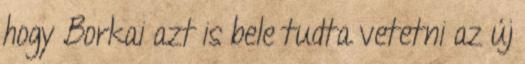
hogy Borkai azt is bele tudta vetetni az új